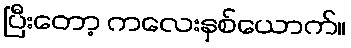
ပြီးတော့ ကလေးနှစ်ယောက်။